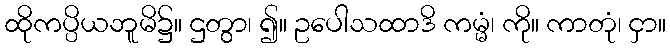
ထိုကပ္ပိယဘူမိ၌။ ဌတွာ၊ ၍။ ဥပေါသထာဒိ ကမ္မံ၊ ကို။ ကာတုံ၊ ငှာ။